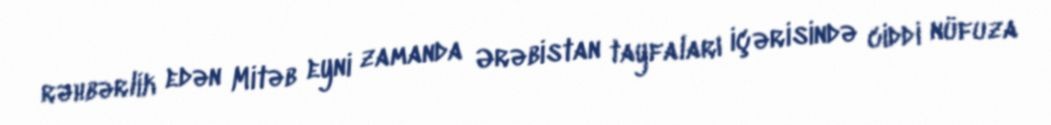
rəhbərlik edən Mitəb eyni zamanda Ərəbistan tayfaları içərisində ciddi nüfuza